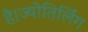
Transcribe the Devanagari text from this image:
है।ज्योतिर्लिंग